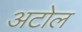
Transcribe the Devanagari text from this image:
अटोल